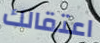
اعتقالك